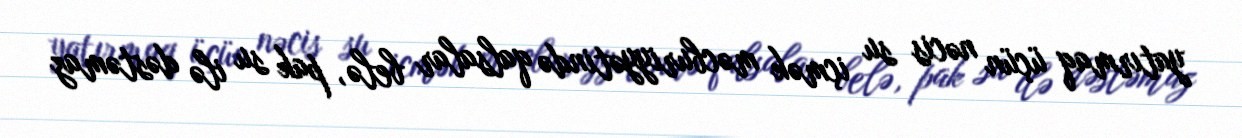
yatırmaq üçün nəcis su içmək məcburiyyətində qalsalar belə, pak su ilə dəstəmaz